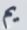
يم